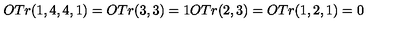
O T r ( 1 , 4 , 4 , 1 ) = O T r ( 3 , 3 ) = 1 O T r ( 2 , 3 ) = O T r ( 1 , 2 , 1 ) = 0